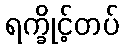
ရက္ခိုင့်တပ်